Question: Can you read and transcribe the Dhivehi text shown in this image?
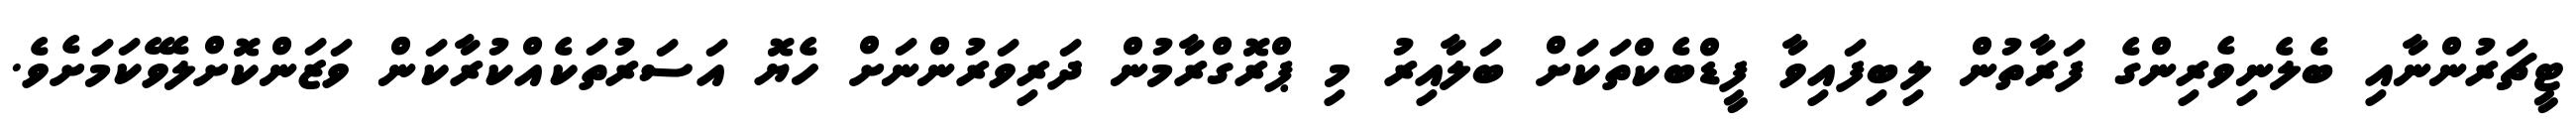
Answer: ޓީޗަރުންނާއި ބެލެނިވެރިންގެ ފަރާތުން ލިބިފައިވާ ފީޑްބެކްތަކަށް ބަލާއިރު މި ޕްރޮގްރާމުން ދަރިވަރުންނަށް ހެޔޮ އަސަރުތަކެއްކުރާކަން ވަޒަންކޮށްލެވޭކަމަށެވެ.